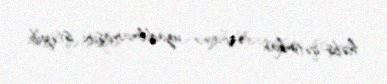
həbs-qətimkan tədbirinin uzadılmamasını istəyib.